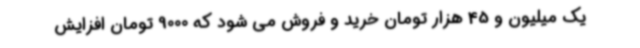
یک میلیون و 45 هزار تومان خرید و فروش می شود که 9000 تومان افزایش